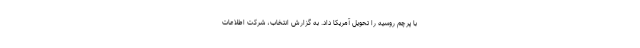
با پرچم روسیه را تحویل آمریکا داد. به گزارش انتخاب، شرکت اطلاعات